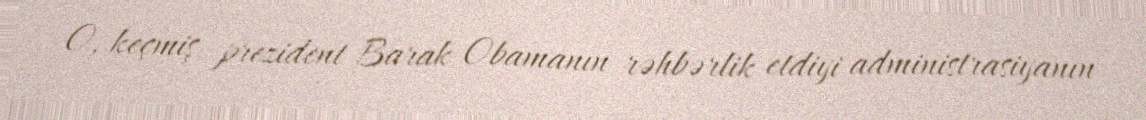
O, keçmiş prezident Barak Obamanın rəhbərlik etdiyi administrasiyanın